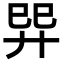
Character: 𢌴